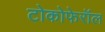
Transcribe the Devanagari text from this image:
टोकोफेरॉल